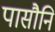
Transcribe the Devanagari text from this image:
पासौनि